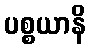
ပစ္စယာနိ